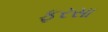
ફરસા